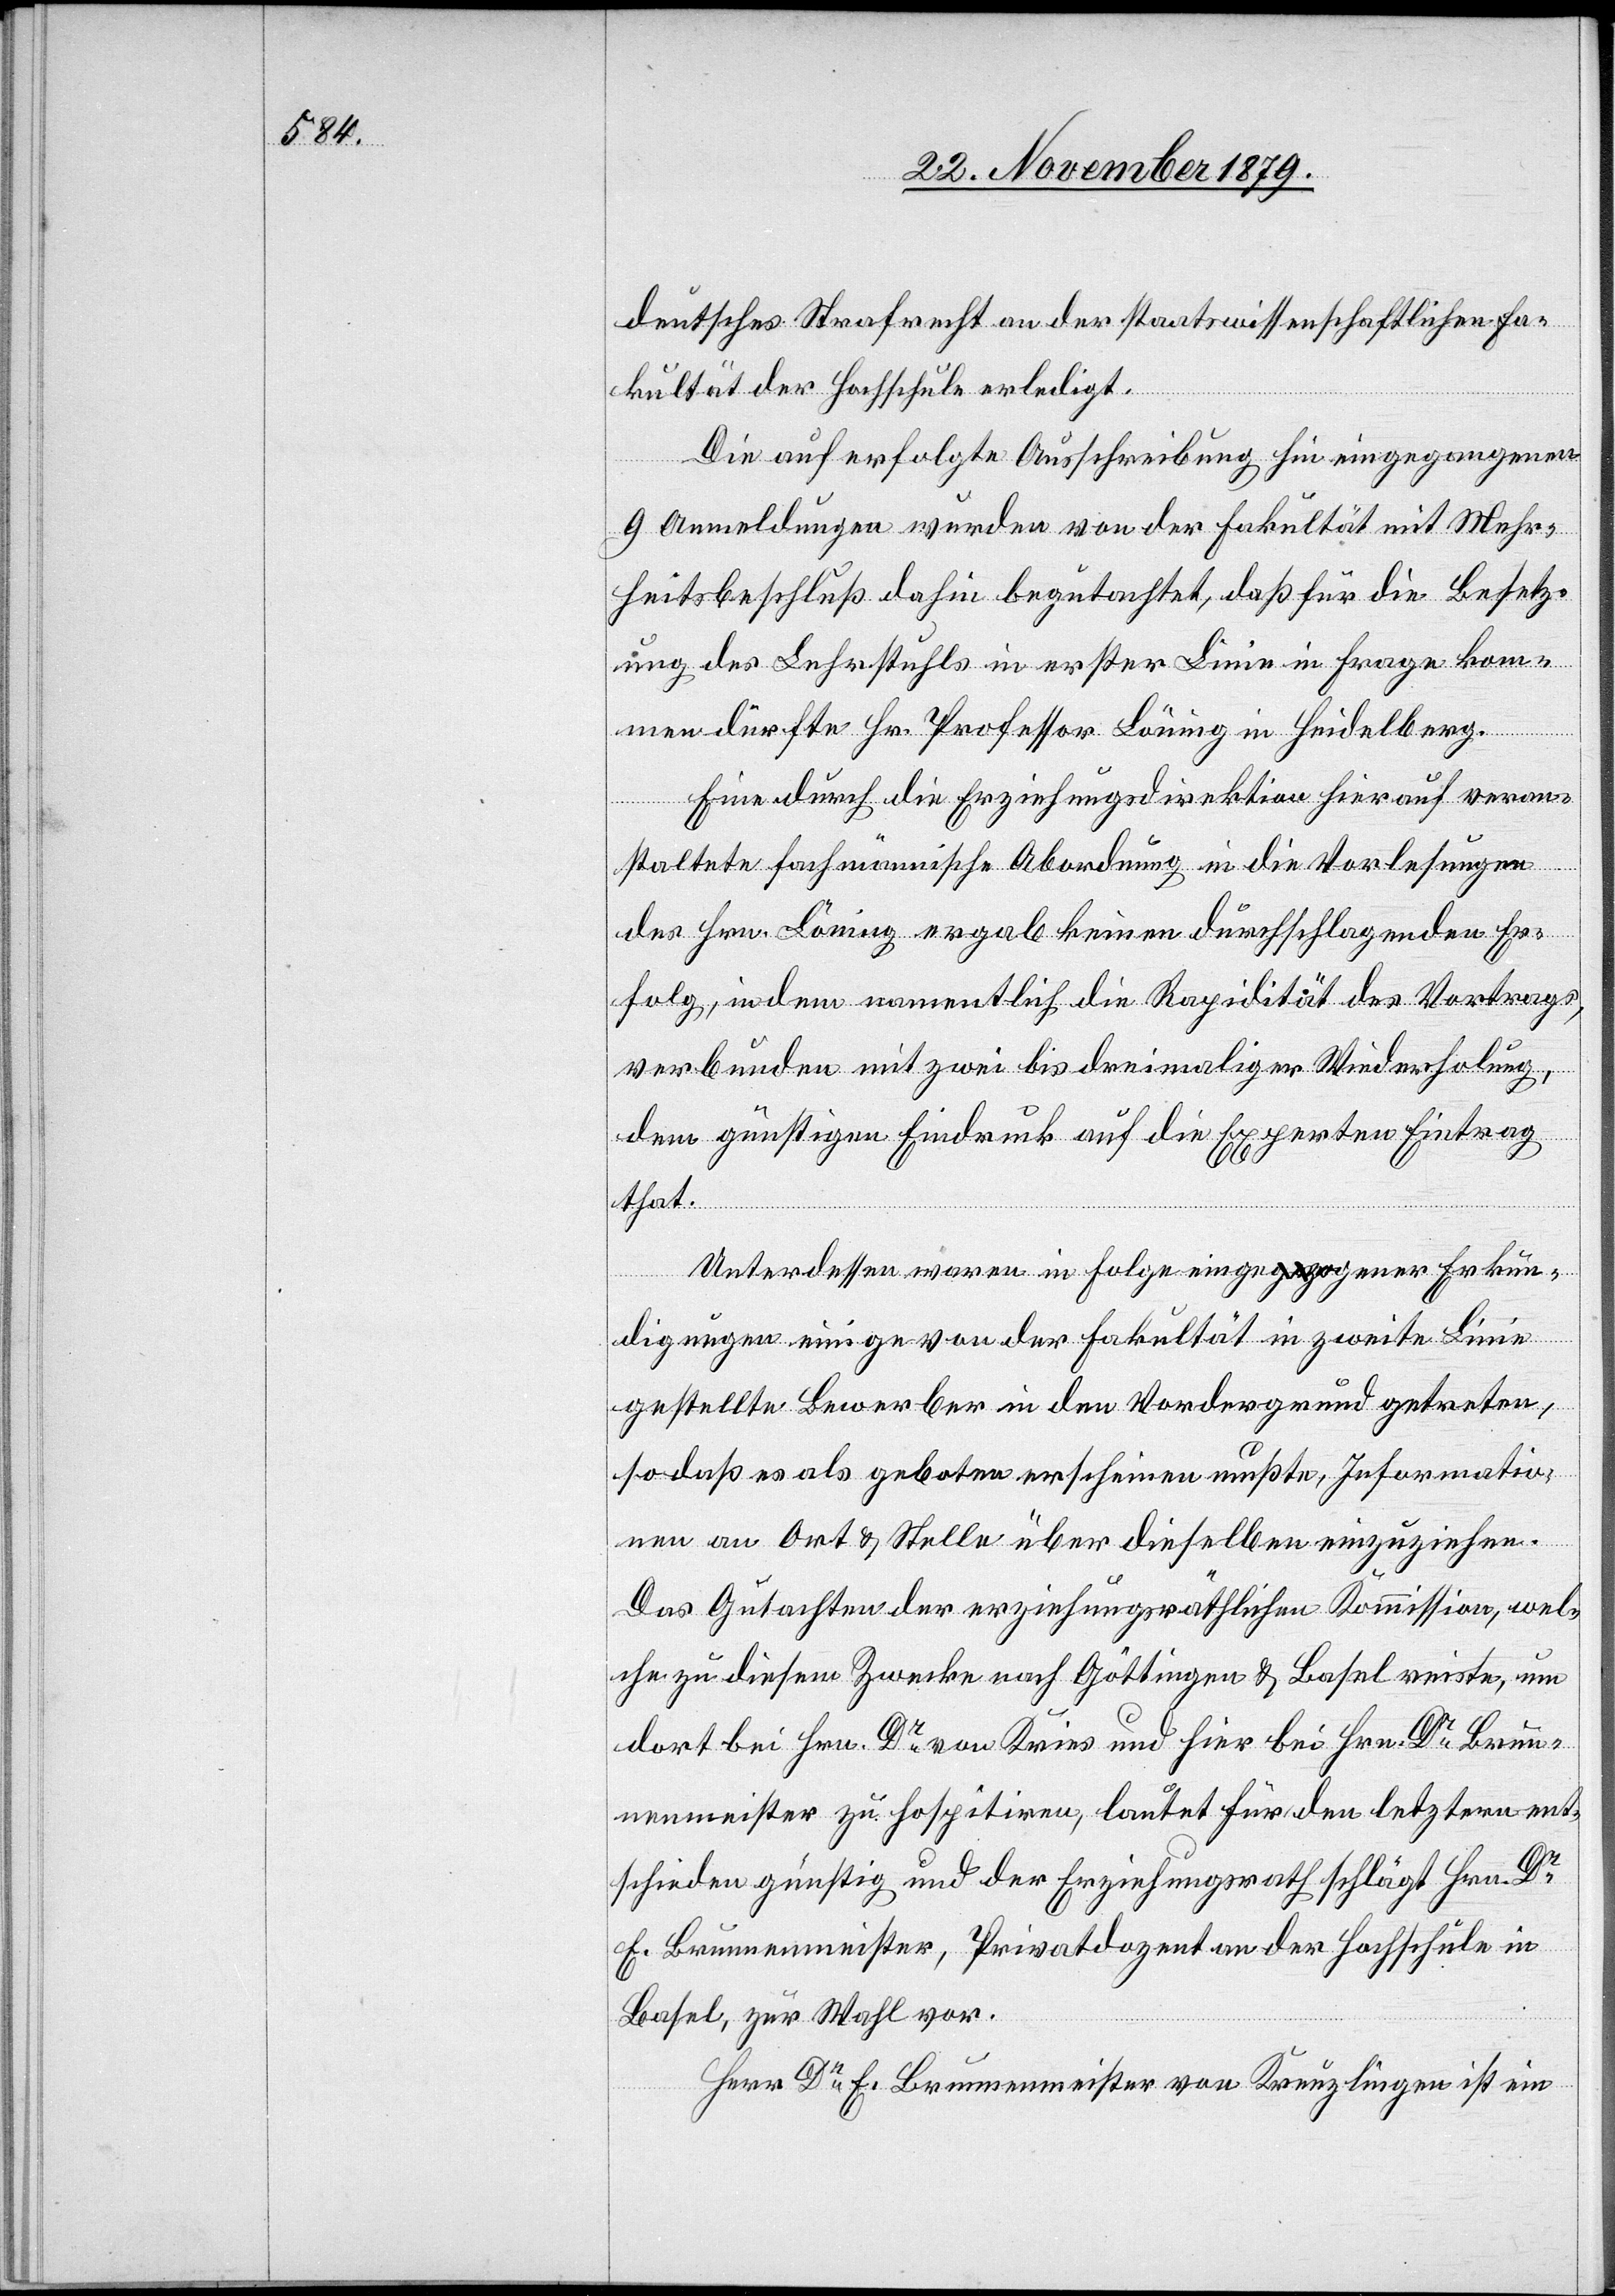
deutsches Strafrecht an der staatswissenschaftlichen Fa¬
kultät der Hochschule erledigt.
Die auf erfolgte Ausschreibung hin eingegangenen
9 Anmeldungen wurden von der Fakultät mit Mehr¬
heitsbeschluß dahin begutachtet, daß für die Besetz¬
ung des Lehrstuhls in erster Linie in Frage kom¬
men dürfte Hr. Professor Löning in Heidelberg.
Eine durch die Erziehungsdirektion hierauf veran¬
staltete fachmännische Abordnung in die Vorlesungen
des Hrn. Löning ergab keinen durchschlagenden Er¬
folg, indem namentlich die Rapidität des Vortrags,
verbunden mit zwei bis drei maliger Wiederholung,
dem günstigen Eindruck auf die Experten Eintrag
that.
Unterdessen waren in Folge eigener Erkun¬
digungen einige von der Fakultät in zweiter Linie
gestellte Bewerber in den Vordergrund getreten,
so daß es als geboten erscheinen mußte, Informatio¬
nen an Ort & Stelle über dieselben einzuziehen.
Das Gutachten der erziehungsräthlichen Kommission, wel¬
che zu diesem Zwecke nach Göttingen & Basel reiste, um
dort bei Hrn. Dr von Kreis und hier bei Hrn. Dr Brun¬
nenmeister zu hospitiren, lautet für den letztern ent¬
schieden günstig und der Erziehungsrath schlägt Hrn. Dr
E. Brunnenmeister, Privatdozent an der Hochschule in
Basel, zur Wahl vor.
Herr Dr E. Brunnenmeister von Kreuzlingen ist ein